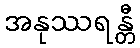
အနုဿရန္တီ